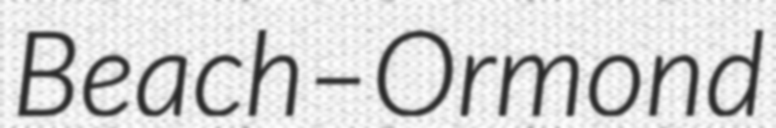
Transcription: Beach–Ormond